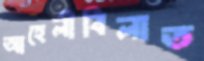
আহেলীবিলাত